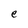
Character: e